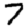
Digit: 7